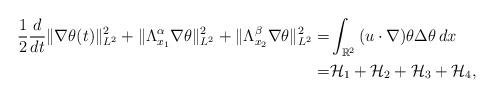
LaTeX: \begin{align*}\frac{1}{2}\frac{d}{dt}\|\nabla \theta(t)\|_{L^{2}}^{2}+ \|\Lambda_{x_{1}}^{\alpha}\nabla\theta\|_{L^{2}}^{2}+ \|\Lambda_{x_{2}}^{\beta}\nabla\theta\|_{L^{2}}^{2} =&\int_{\mathbb{R}^{2}}{(u \cdot \nabla)\theta\Delta\theta\,dx}\\ =& \mathcal{H}_{1}+\mathcal{H}_{2}+\mathcal{H}_{3}+\mathcal{H}_{4},\end{align*}